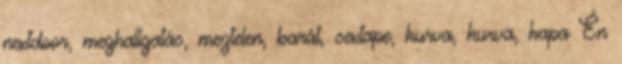
nextdoor, meghallgatás, meztelen, barát, sextape, kurva, kurva, kapa Én